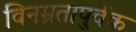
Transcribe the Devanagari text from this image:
विनम्रतापुर्वक